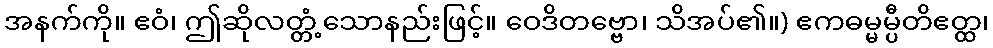
အနက်ကို။ ဧဝံ၊ ဤဆိုလတ္တံ့သောနည်းဖြင့်။ ဝေဒိတဗ္ဗော၊ သိအပ်၏။) ဧကဓမ္မမ္ပီတိဧတ္ထ၊